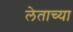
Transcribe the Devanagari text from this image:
लेताच्या